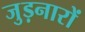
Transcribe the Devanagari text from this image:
जुड़नारों